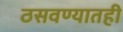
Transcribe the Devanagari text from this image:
ठसवण्यातही